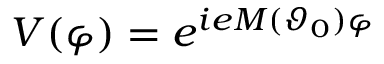
V ( \varphi ) = e ^ { i e M ( \vartheta _ { 0 } ) \varphi }